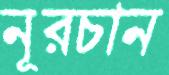
নূরচান